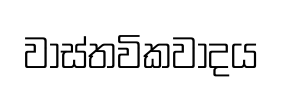
වාස්තවිකවාදය